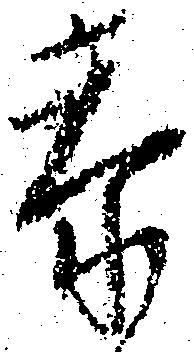
忝